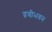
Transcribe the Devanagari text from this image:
द्रवीभवन